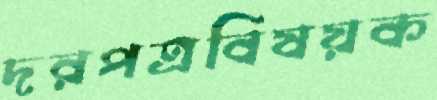
দরপত্রবিষয়ক